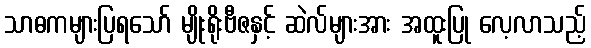
သာဓကများပြရသော် မျိုးရိုးဗီဇနှင့် ဆဲလ်များအား အထူးပြု လေ့လာသည့်